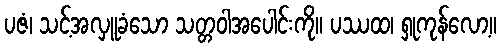
ပဇံ၊ သင့်အလှူခံသော သတ္တဝါအပေါင်းကို။ ပဿထ၊ ရှုကုန်လော့။